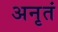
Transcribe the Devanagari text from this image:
अनृतं